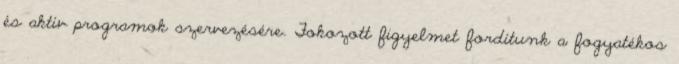
és aktív programok szervezésére. Fokozott figyelmet fordítunk a fogyatékos